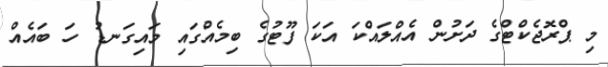
މި ޕްރޮޖެކްޓްގެ ދަށުން އެއްލައްކަ އަކަ ފޫޓުގެ ބިމެއްގައި މައިގަނޑު ހަ ބައެއް